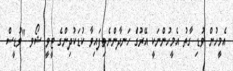
އެމީހުން ވުޑި ގާތު އެމީހުންނަކީ އޭރުގެު ހަނދާންނެތިފައިވާ ކުޑަކުދިންގެ ޓީވީ ޝޯވ "ވުޑީސް